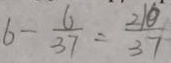
6 - \frac { 6 } { 3 7 } = \frac { 2 1 0 } { 3 7 }